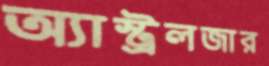
অ্যাস্ট্রলজার